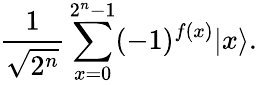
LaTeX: {\frac{1}{\sqrt{2^{n}}}}\sum_{x=0}^{2^{n}-1}(-1)^{f(x)}|x\rangle.